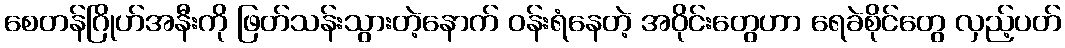
စေတန်ဂြိုဟ်အနီးကို ဖြတ်သန်းသွားတဲ့နောက် ဝန်းရံနေတဲ့ အဝိုင်းတွေဟာ ရေခဲစိုင်တွေ လှည့်ပတ်